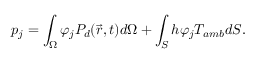
p _ { j } = \int _ { \Omega } \varphi _ { j } P _ { d } ( \vec { r } , t ) d \Omega + \int _ { S } h \varphi _ { j } T _ { a m b } d S .